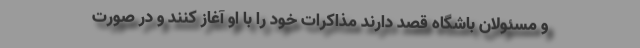
و مسئولان باشگاه قصد دارند مذاکرات خود را با او آغاز کنند و در صورت